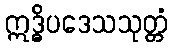
ဣဒ္ဓိပဒေသသုတ္တံ